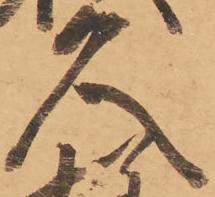
久